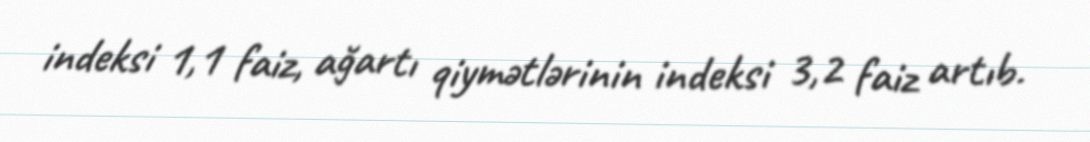
indeksi 1,1 faiz, ağartı qiymətlərinin indeksi 3,2 faiz artıb.